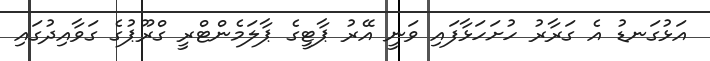
އަޅުގަނޑު އެ ގަރާރު ހުށަހަޅާފައި ވަނީ އޭރު ޕާޓީގެ ޕާލަމެންޓްރީ ގްރޫޕުގެ ގަވާއިދުގައި